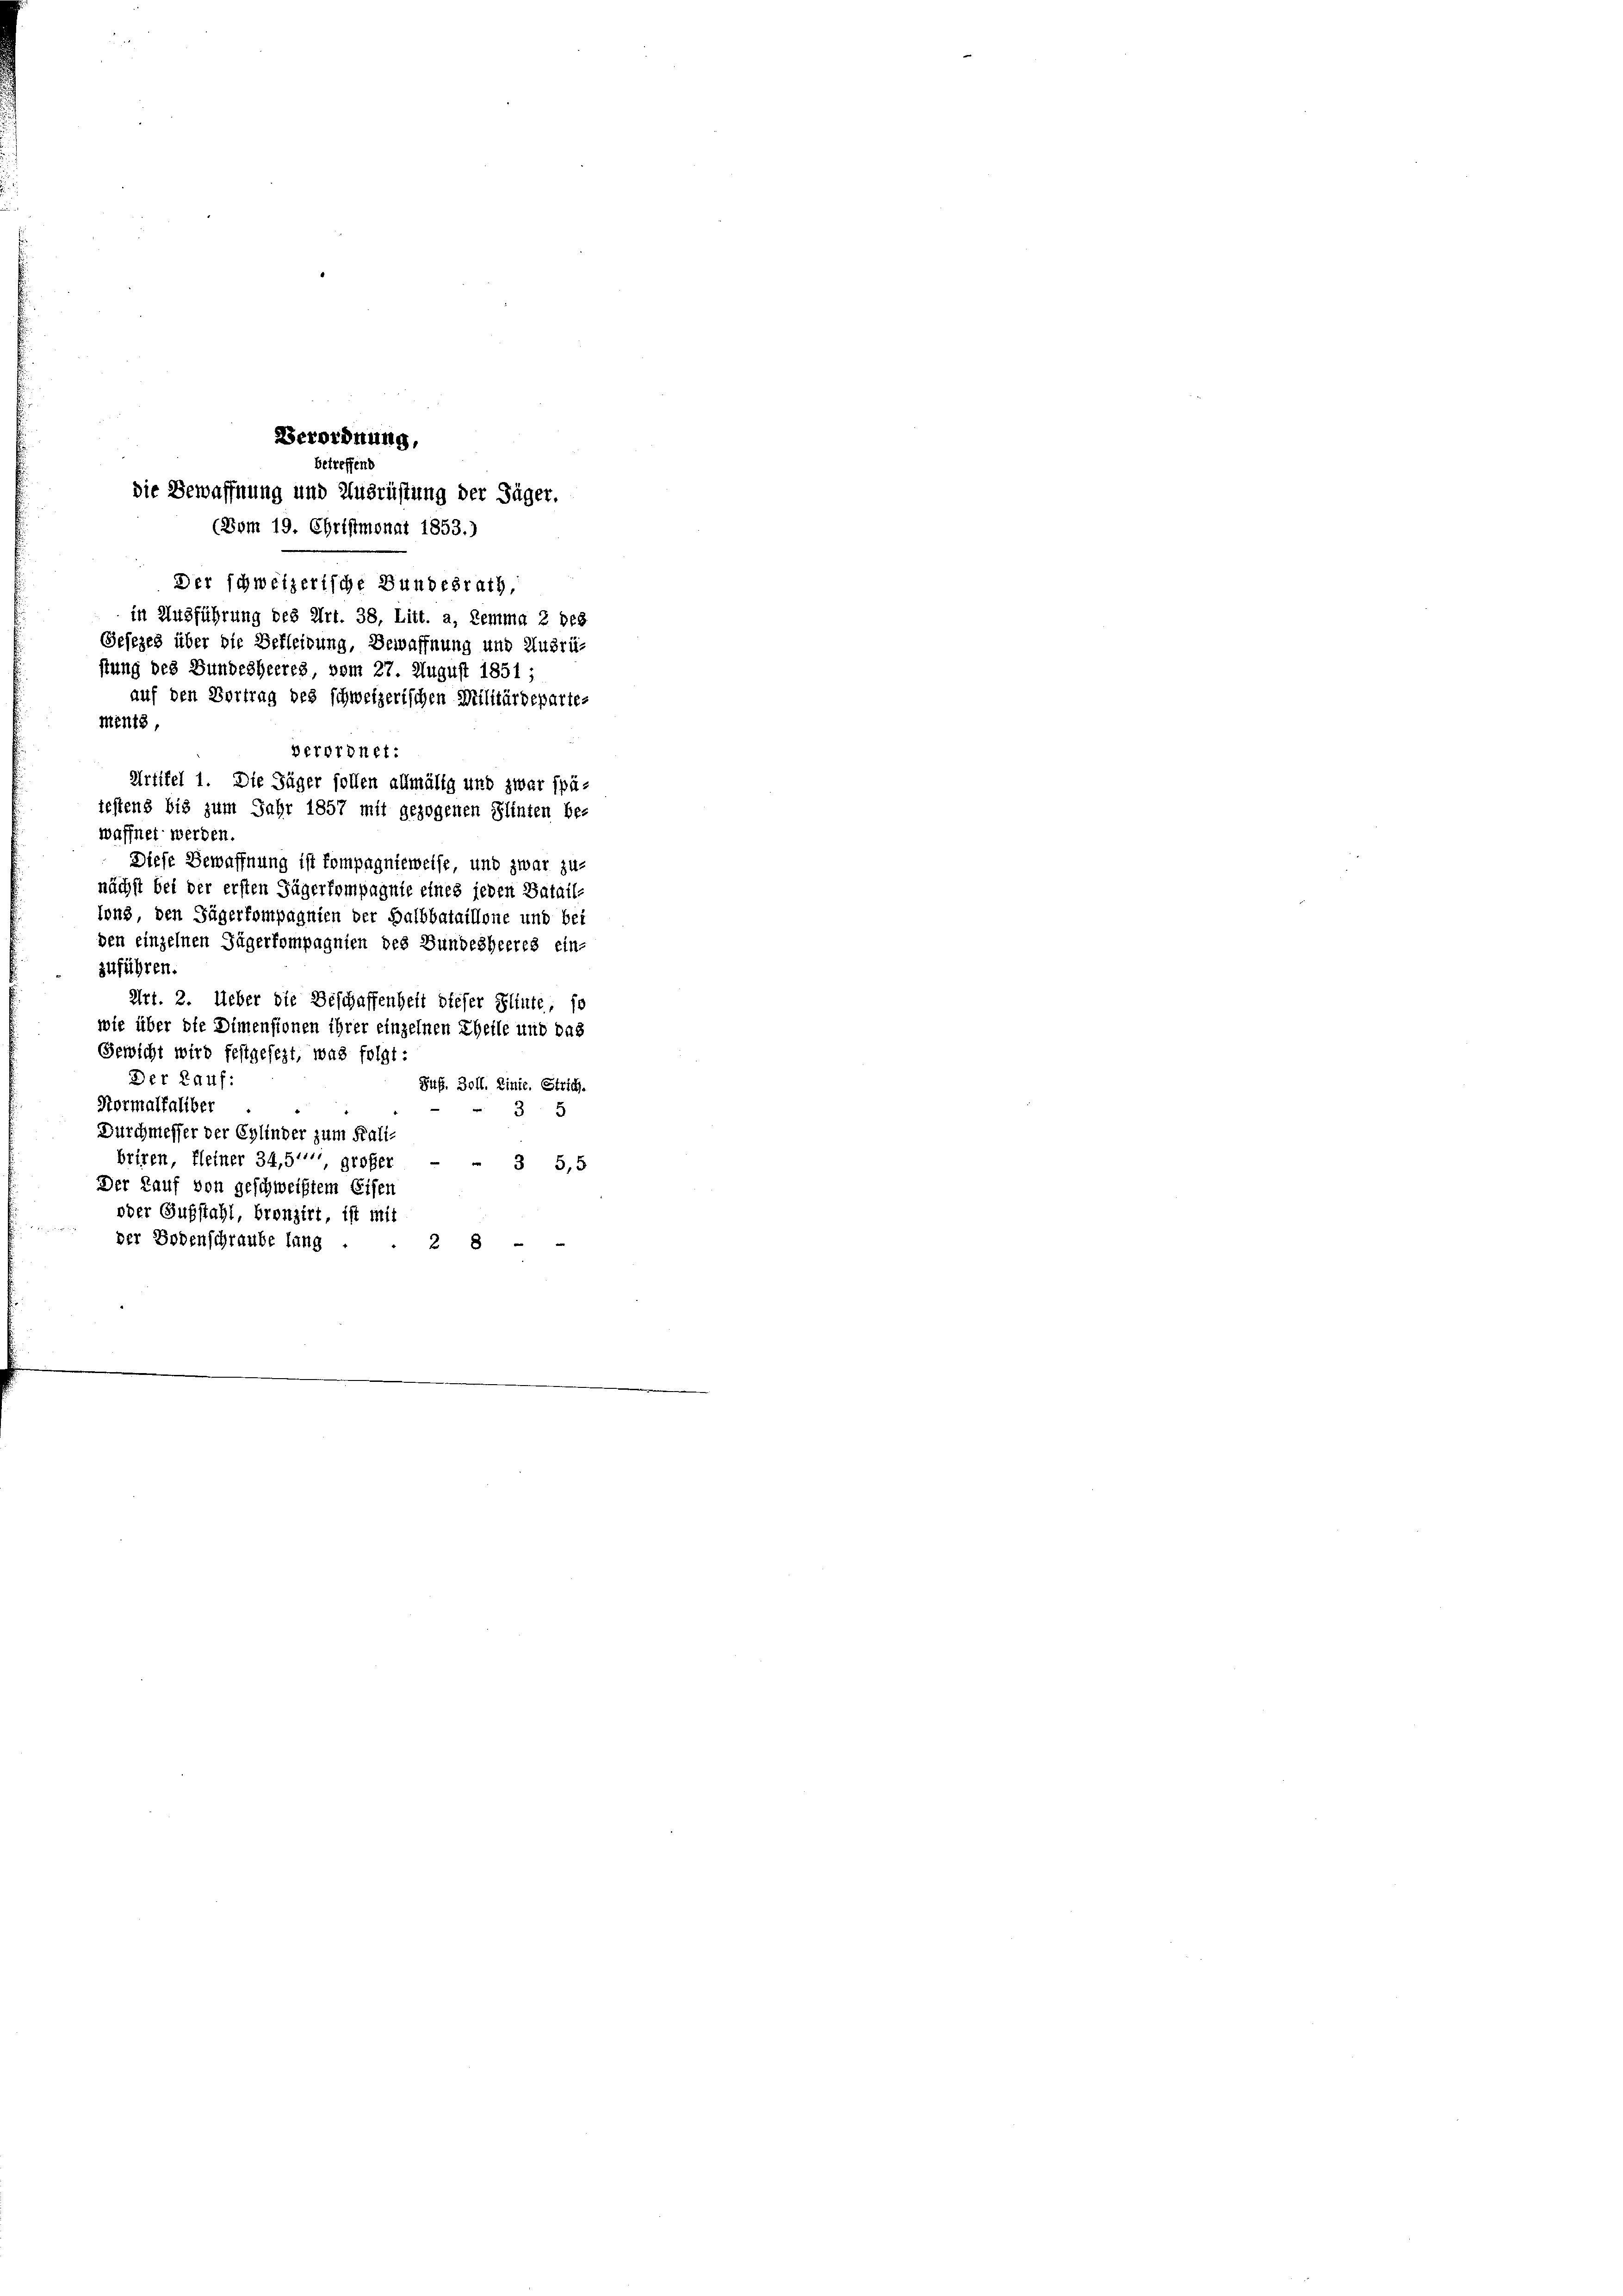
betreffend
die Bewaffnung und Ausrüstung der Jäger.
(Dom 19. Christmonat 1853.)
Der schweizerische Bundesrath,
in Ausführung des Art. 38, Litt. a, Lemma 2 des
Gesezes über die Gefleibung, Bewaffnung und Ausrüstung des Bundesheeres vom 27. August 1851;
auf den Vortrag des schweizerischen Militärdeparte¬
Mentz
verordnet:
Artikel 1. Die Säger sollen allmälig und zwar spä-
iestens bis zum Jahr 1857 mit gezogenen Plinten be-
waffnet werden.
Diese Bewaffnung ist kompagnieweise und zwar zu-
nächst bei der ersten Jägerkompagnie eines jeden Batail-
tons, den Tägerkompagnien der Halbbataillone und bei
den einzelnen Jägerkompagnien des Bundesheeres ein-
zuführen.
Art. 2. Ueber die Beschaffenheit dieser Flinte, so
wie über die Dimensionen ihrer einzelnen Theile und das
Gewicht wird festgesezt, was folgt:
Der Rauf:
Sif. 3011. Linie. Strich.
Normalfaliber
35
Durchmesser der Eglinder zum Kali-
briren, fleiner 34, 5'' großer
3 5,5
Der Kauf von geschweißtem Eisen
oder Substahl, bronzirt, ist mit
der Bodenschraube lang
28

Verordnung,